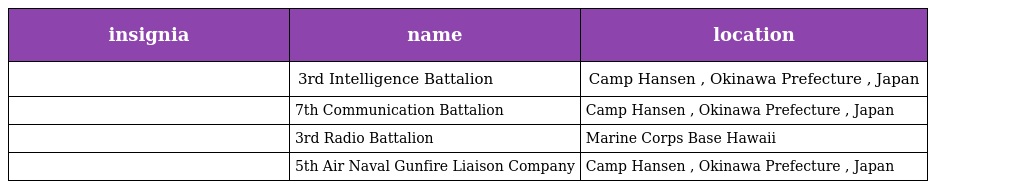
| insignia | name | location |
 | --- | --- | --- |
 |  | 3rd Intelligence Battalion | Camp Hansen , Okinawa Prefecture , Japan |
 |  | 7th Communication Battalion | Camp Hansen , Okinawa Prefecture , Japan |
 |  | 3rd Radio Battalion | Marine Corps Base Hawaii |
 |  | 5th Air Naval Gunfire Liaison Company | Camp Hansen , Okinawa Prefecture , Japan |